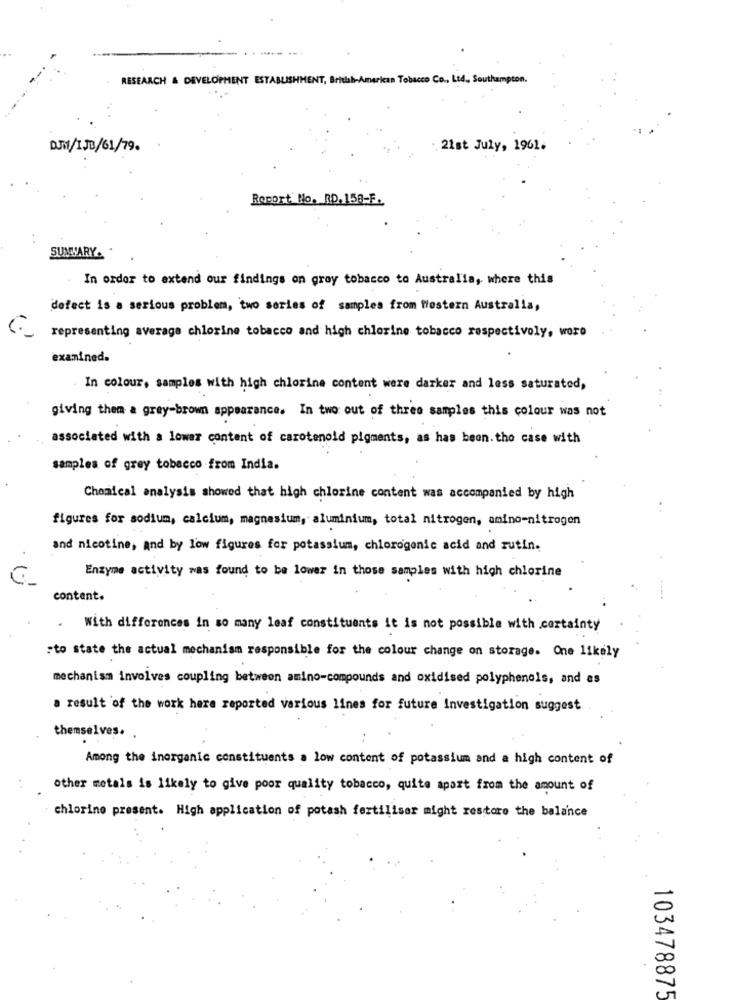
RESEARCH & DEVELOPMENT ESTABLISHMENT, British American Tobacco Co ., Ltd ., Southampton.
· 21st July, 1961.
Report No. RD. 158-F.
SUMMARY ..
In order to extend our findings on groy tobacco to Australia, where this
defect is a serious problem, two series of samples from Western Australia,
representing average chlorine tobacco and high chlorine tobacco respectivoly, woro
examined.
In colour, samples with high chlorine content were darker and less saturated,
giving them a grey-brown appearance. In two out of three samples this colour was not
associated with a lower content of carotenold pigments, as has been. the case with
samples of grey tobacco from India.
Chemical analysis showed that high chlorine content was accompanied by high
..
figures for sodium, calcium, magnesium, aluminium, total nitrogen, amino-nitrogen
and nicotine, and by low figures for potassium, chlorogenic acid and rutin.
Enzyme activity was found to be lower in those samples with high chlorine
content.
.
With differences in so many leaf constituents it is not possible with certainty
:to state the actual mechanism responsible for the colour change on storage. One likely
mechanism involves coupling between amino-compounds and oxidised polyphenols, and as
a result of the work here reported various lines for future Investigation suggest
themselves.
.
Among the inorganic constituents a low content of potassium and a high content of
other metals is likely to give poor quality tobacco, quite apart from the amount of
chlorine present. High application of potash fertiliser might restore the balance
103478875